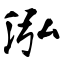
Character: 泓